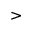
>